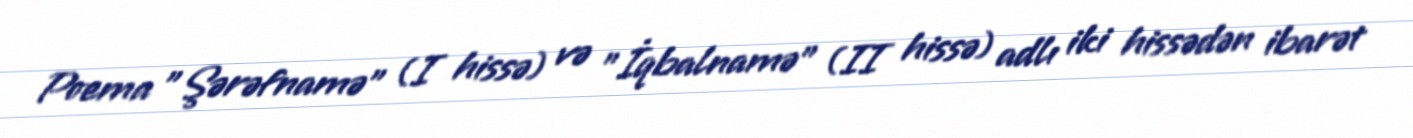
Poema "Şərəfnamə" (I hissə) və "İqbalnamə" (II hissə) adlı iki hissədən ibarət